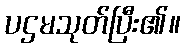
ပဌမသုတ်ပြီး၏။